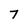
Character: 7